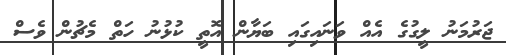
ޖަރުމަނު ލީގުގެ އެއް ވަނައިގައި ބަޔާން އޮތީ ކުޅުނު ހަތް މެޗުން ވެސް